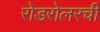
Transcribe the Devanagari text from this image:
रोडरोलरची